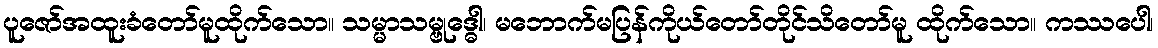
ပူဇော်အထူးခံတော်မူထိုက်သော။ သမ္မာသမ္ဗုဒ္ဓေါ၊ မဘောက်မပြန်ကိုယ်တော်တိုင်သိတော်မူ ထိုက်သော။ ကဿပေါ၊